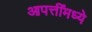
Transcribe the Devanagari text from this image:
आपत्तींमध्ये